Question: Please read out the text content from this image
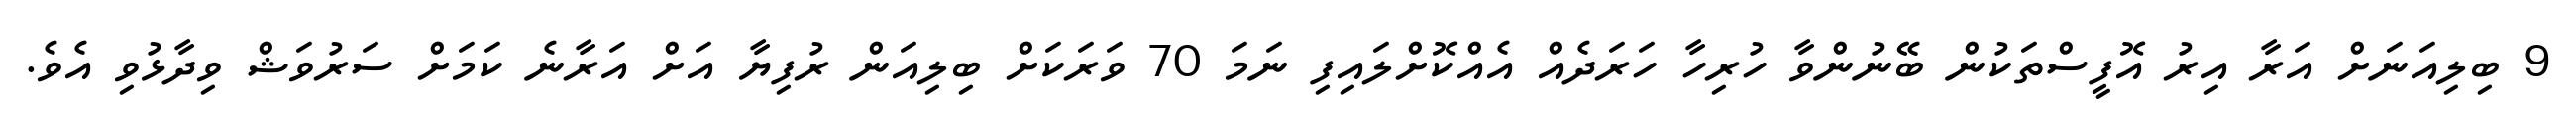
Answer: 9 ބިލިއަނަށް އަރާ އިރު އޮފީސްތަކުން ބޭނުންވާ ހުރިހާ ހަރަދެއް އެއްކޮށްލައިފި ނަމަ 70 ވަރަކަށް ބިލިއަން ރުފިޔާ އަށް އަރާނެ ކަމަށް ސަރުވަޝް ވިދާޅުވި އެވެ.